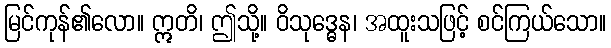
မြင်ကုန်၏လော။ ဣတိ၊ ဤသို့။ ဝိသုဒ္ဓေန၊ အထူးသဖြင့် စင်ကြယ်သော။